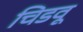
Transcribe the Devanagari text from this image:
चिडवू